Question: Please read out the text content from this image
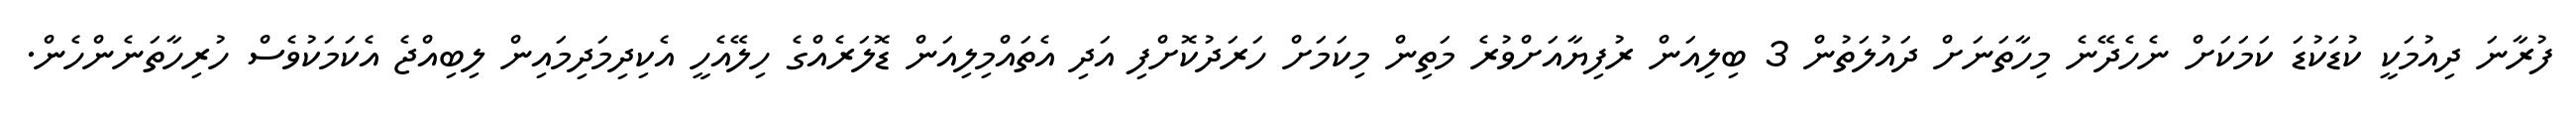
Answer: ފުރާނަ ދިއުމަކީ ކުޑަކުޑަ ކަމަކަށް ނެހެދޭނެ މިހާތަނަށް ދައުލަތުން 3 ބިލިއަން ރުފިޔާއަށްވުރެ މަތިން މިކަމަށް ހަރަދުކޮށްފި އަދި އެތައްމިލިއަން ޑޮލަރެއްގެ ހިލޭއެހީ އެކިދިމަދިމައިން ލިބިއްޖެ އެކަމަކުވެސް ހުރިހާތަނެންހެން.